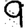
Digit: 9